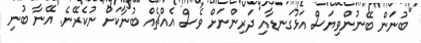
"ބުނަން ބޭނުންވިޔަސް އަޅުގަނޑާއި ދަރިންނަށް ވެސް އެއްޗެއް ބުނާކަށް ނުކެރޭނެ. އޭނާ ބުނި